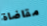
مقاضاة